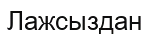
Лажсыздан